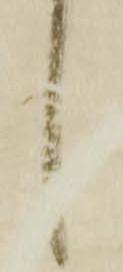
し